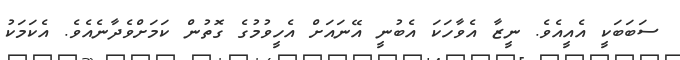
ސަބަބަކީ އެއީއެވެ. ނީޒާ އެވާހަކަ އެބުނީ އޭނައަށް އެހީވުމުގެ ގޮތުން ކަމަށްވެދާނެއެވެ. އެކަމަކު